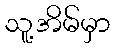
သူ့အိမ်မှာ